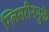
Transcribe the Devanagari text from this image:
ग्लिसरीनमुळे